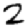
Digit: 2